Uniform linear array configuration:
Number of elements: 24
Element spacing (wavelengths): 1
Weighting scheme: hann
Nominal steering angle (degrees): -60
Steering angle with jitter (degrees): -59.493
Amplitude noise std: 0.05
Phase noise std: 0.05

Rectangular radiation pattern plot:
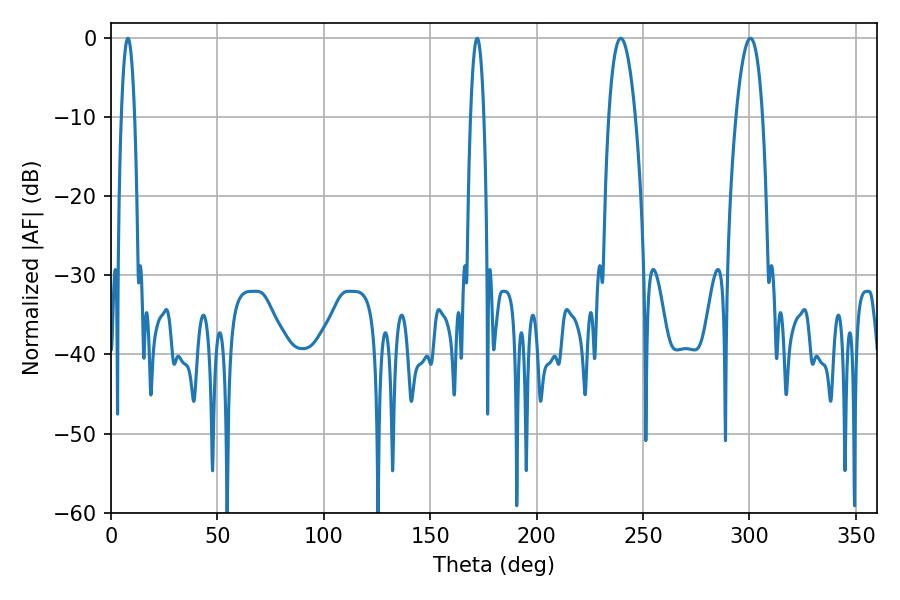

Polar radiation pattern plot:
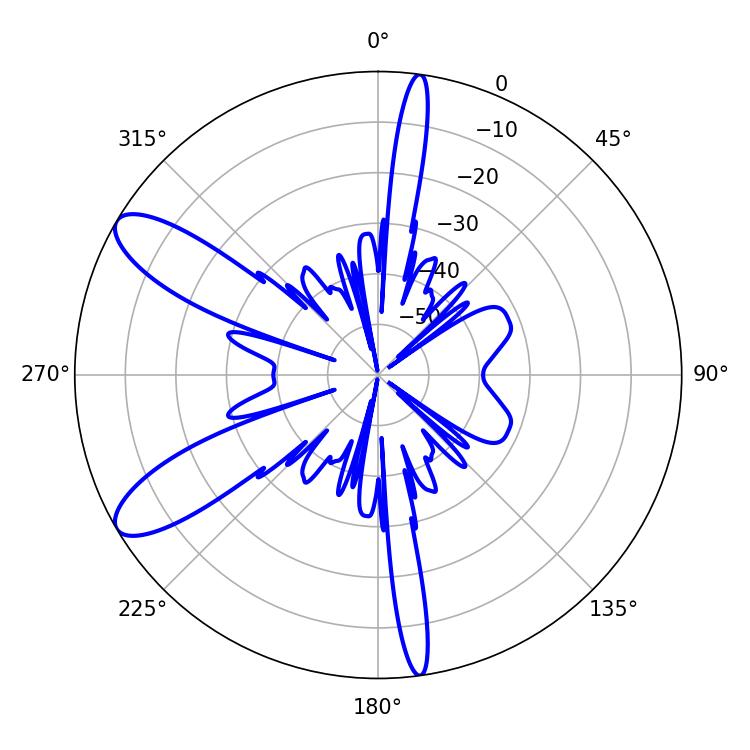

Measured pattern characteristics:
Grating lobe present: TRUE
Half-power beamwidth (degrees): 3.42
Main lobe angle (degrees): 7.92